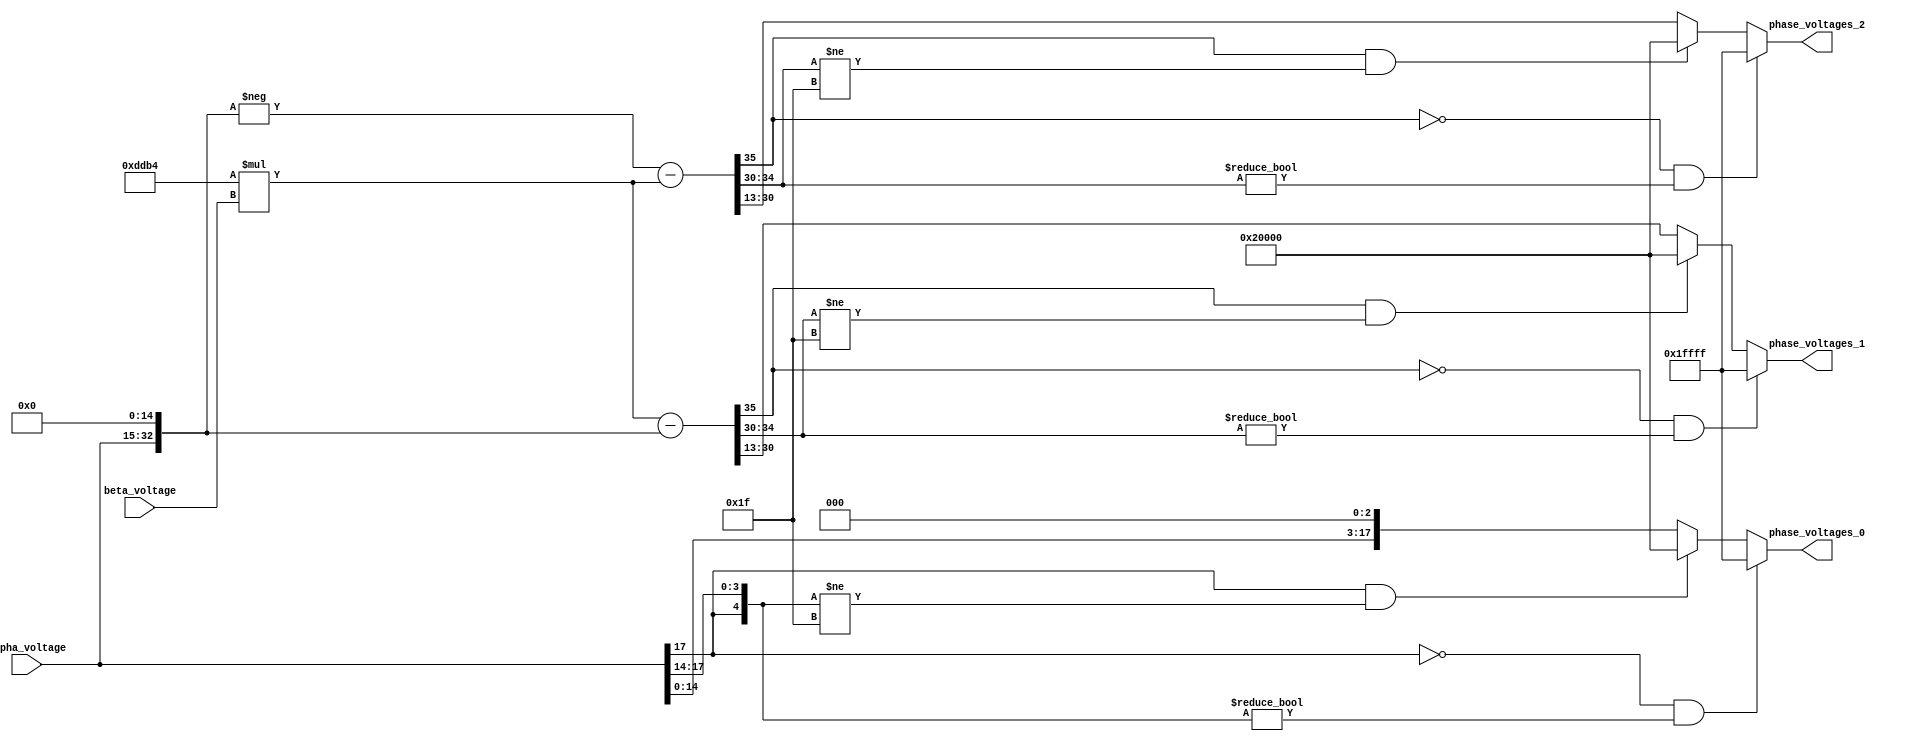
module controllerHdl_Inverse_Clarke_Transform
          (
           alpha_voltage,
           beta_voltage,
           phase_voltages_0,
           phase_voltages_1,
           phase_voltages_2
          );


  input   signed [17:0] alpha_voltage;  // sfix18_En10
  input   signed [17:0] beta_voltage;  // sfix18_En10
  output  signed [17:0] phase_voltages_0;  // sfix18_En13
  output  signed [17:0] phase_voltages_1;  // sfix18_En13
  output  signed [17:0] phase_voltages_2;  // sfix18_En13


  wire signed [35:0] voltage_phase_a;  // sfix36_En26
  wire signed [35:0] Gain1_out1;  // sfix36_En26
  wire signed [35:0] Gain_out1;  // sfix36_En26
  wire signed [35:0] voltage_phase_b;  // sfix36_En26
  wire signed [37:0] Add1_cast;  // sfix38_En26
  wire signed [37:0] Add1_cast_1;  // sfix38_En26
  wire signed [37:0] Add1_sub_cast;  // sfix38_En26
  wire signed [37:0] Add1_sub_temp;  // sfix38_En26
  wire signed [35:0] voltage_phase_c;  // sfix36_En26
  wire signed [35:0] Mux_out1 [0:2];  // sfix36_En26 [3]
  wire signed [17:0] Current_Data_Type_out1 [0:2];  // sfix18_En13 [3]

  // Inverse Clarke Transform
  // 
  // Converts direct axis (alpha) component and the quadrature axis (beta) component to balanced three-phase quantities
  // The alpha and beta components are dependent on time and speed.


  // <S39>/Data Type Conversion
  assign voltage_phase_a = {{2{alpha_voltage[17]}}, {alpha_voltage, 16'b0000000000000000}};



  // <S39>/Gain1
  assign Gain1_out1 = 56756 * beta_voltage;



  // <S39>/Gain
  assign Gain_out1 = {{3{alpha_voltage[17]}}, {alpha_voltage, 15'b000000000000000}};



  // <S39>/Add
  assign voltage_phase_b = Gain1_out1 - Gain_out1;



  // <S39>/Add1
  assign Add1_cast = Gain_out1;
  assign Add1_cast_1 =  - (Add1_cast);
  assign Add1_sub_cast = Gain1_out1;
  assign Add1_sub_temp = Add1_cast_1 - Add1_sub_cast;
  assign voltage_phase_c = Add1_sub_temp[35:0];



  // <S39>/Mux
  assign Mux_out1[0] = voltage_phase_a;
  assign Mux_out1[1] = voltage_phase_b;
  assign Mux_out1[2] = voltage_phase_c;

  // <S39>/Current_Data_Type
  assign Current_Data_Type_out1[0] = ((Mux_out1[0][35] == 1'b0) && (Mux_out1[0][34:30] != 5'b00000) ? 18'sb011111111111111111 :
              ((Mux_out1[0][35] == 1'b1) && (Mux_out1[0][34:30] != 5'b11111) ? 18'sb100000000000000000 :
              $signed(Mux_out1[0][30:13])));
  assign Current_Data_Type_out1[1] = ((Mux_out1[1][35] == 1'b0) && (Mux_out1[1][34:30] != 5'b00000) ? 18'sb011111111111111111 :
              ((Mux_out1[1][35] == 1'b1) && (Mux_out1[1][34:30] != 5'b11111) ? 18'sb100000000000000000 :
              $signed(Mux_out1[1][30:13])));
  assign Current_Data_Type_out1[2] = ((Mux_out1[2][35] == 1'b0) && (Mux_out1[2][34:30] != 5'b00000) ? 18'sb011111111111111111 :
              ((Mux_out1[2][35] == 1'b1) && (Mux_out1[2][34:30] != 5'b11111) ? 18'sb100000000000000000 :
              $signed(Mux_out1[2][30:13])));



  assign phase_voltages_0 = Current_Data_Type_out1[0];

  assign phase_voltages_1 = Current_Data_Type_out1[1];

  assign phase_voltages_2 = Current_Data_Type_out1[2];

endmodule